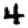
Digit: 4